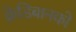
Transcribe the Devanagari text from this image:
क्रेडिबानको